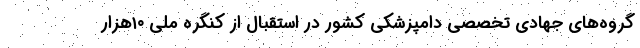
گروه‌های جهادی تخصصی دامپزشکی کشور در استقبال از کنگره ملی ۱۰هزار